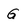
Character: G